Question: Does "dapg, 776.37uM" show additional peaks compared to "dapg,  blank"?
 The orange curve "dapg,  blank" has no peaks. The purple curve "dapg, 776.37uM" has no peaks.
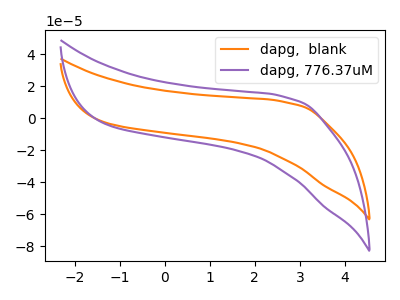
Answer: <think>Neither "dapg, 776.37uM" or "dapg,  blank" have any peaks.
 </think>
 <answer>No, "dapg, 776.37uM" and "dapg,  blank" don't appear to be significantly different in shape</answer>
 <eval>no_change</eval>